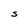
Character: S